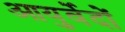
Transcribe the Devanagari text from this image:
आयुर्वेदों